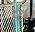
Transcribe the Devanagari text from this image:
प॰।